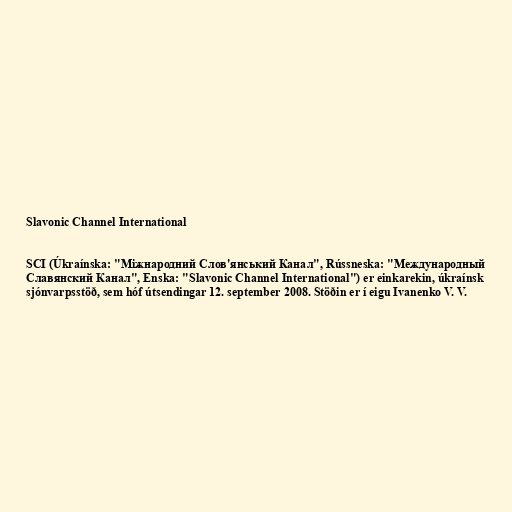
Slavonic Channel International

SCI (Úkraínska: "Міжнародний Слов'янський Канал", Rússneska: "Международный
Славянский Канал", Enska: "Slavonic Channel International") er einkarekin, úkraínsk
sjónvarpsstöð, sem hóf útsendingar 12. september 2008. Stöðin er í eigu Ivanenko V. V.